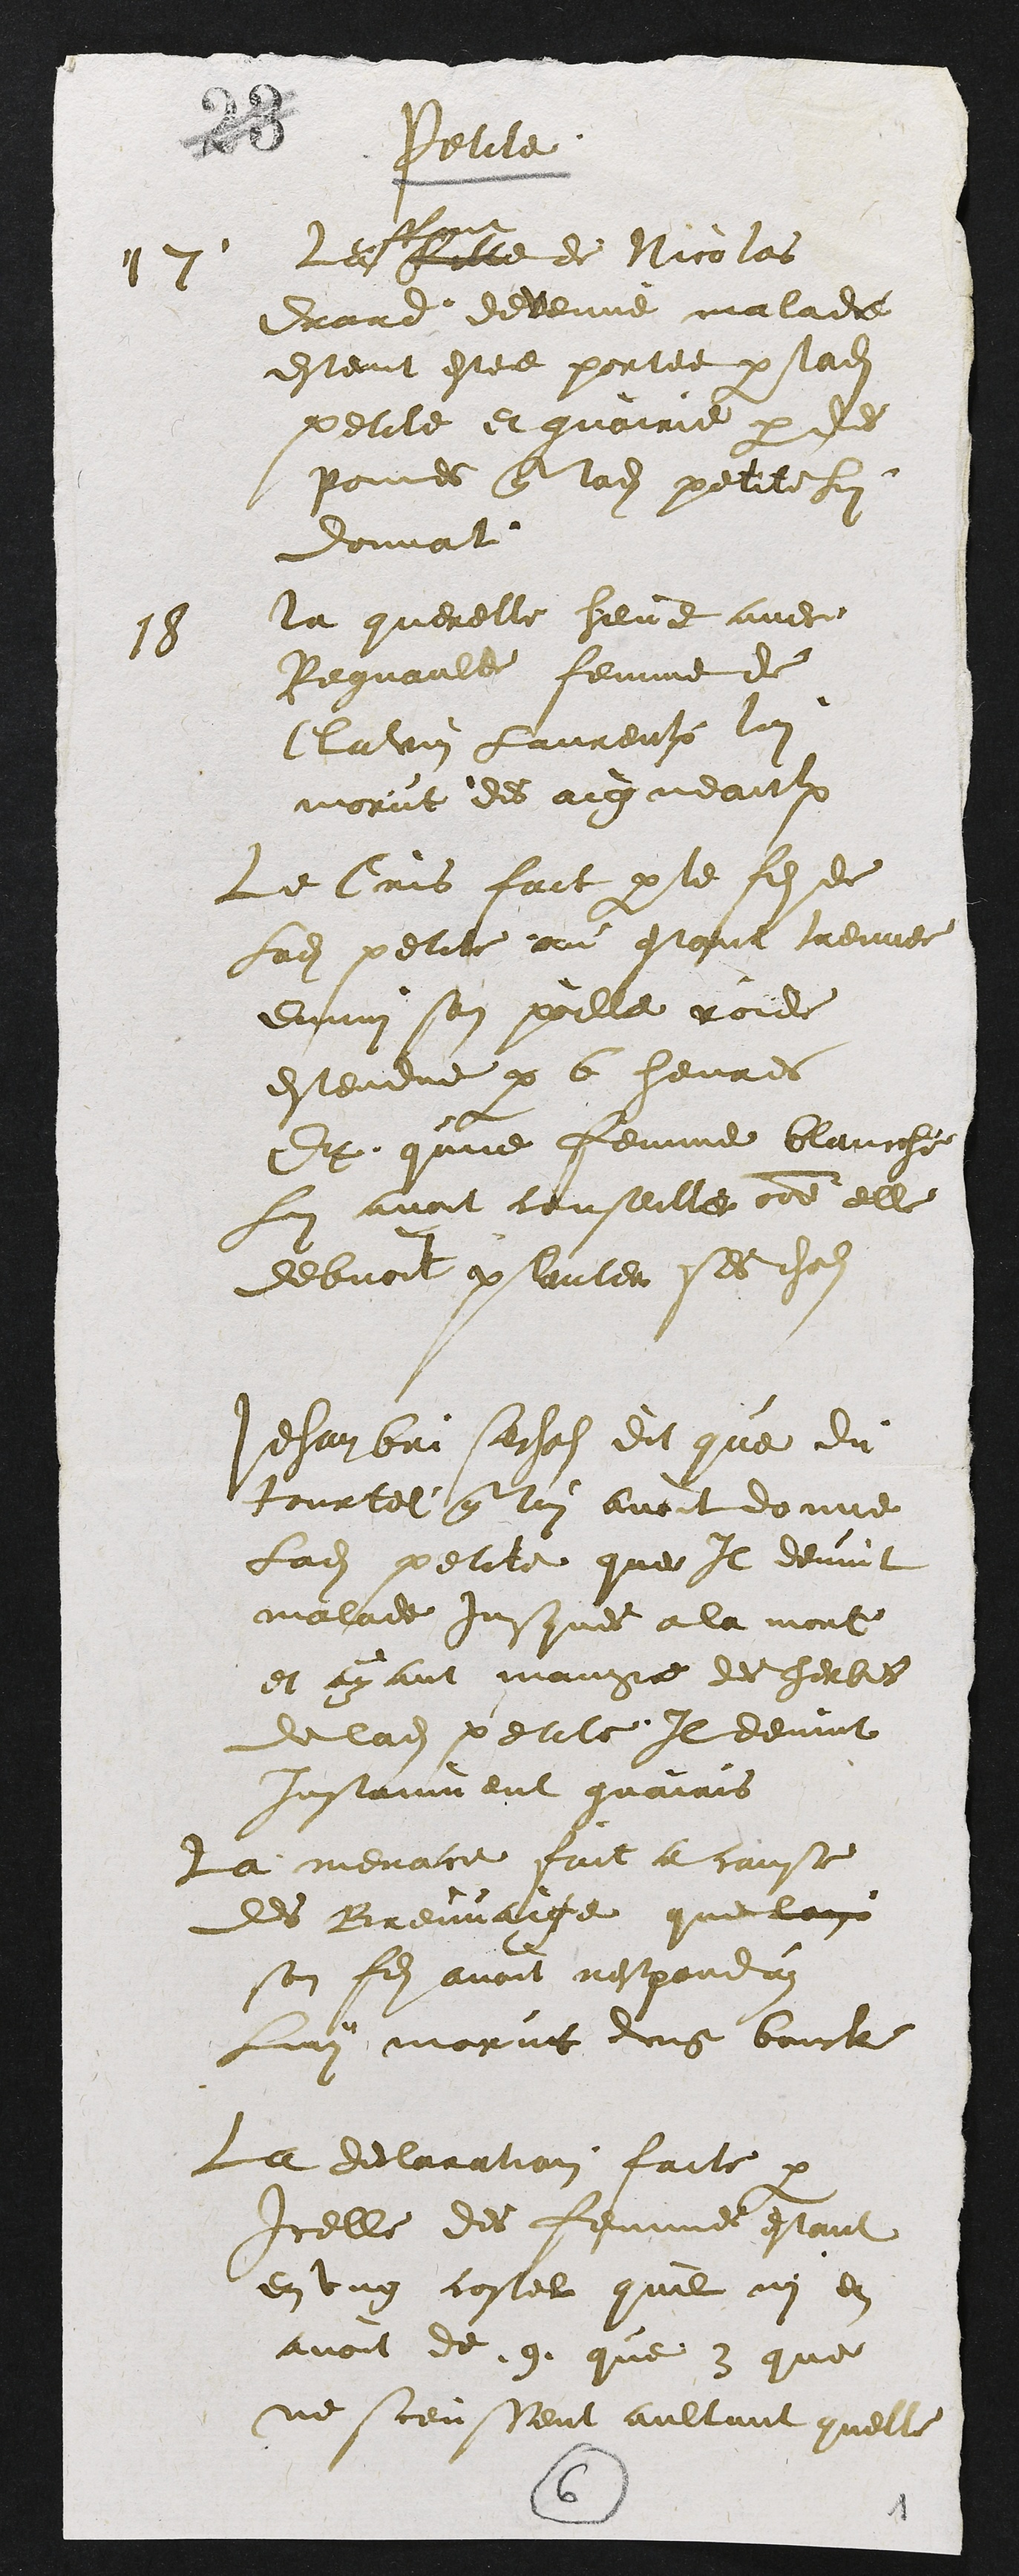
Petite
17
La fille
La
de Nicolas
dard devenue malade
estant estee portee par ladite
petite et guairie par des
poines que ladite petite
donnat
18
la querelle heve avec
Regnaulte femme de
lavin laureulx lui
morut des aigneaulx
Le Cais fait par le fils de
Ladite petite ou estant treuvee
ennin son poille roide
estendre par 5 heures
Dit qune femme blanche
Lui avoit censeille comme elle
debvoit planter ses che
Jehan br sachat dit que du
tourtel que lui avoit donne
Ladite petite que Il devint
malade jusques a la mort
et ayant mange des herbes
de ladite petite Il devint
Instanment guairis
La menace fait a cause
des Breuvaige que la
son fils avoit respondat
Lui morut ung bont
La declaration faite par
Icelle des femme estant
en ung costel quil y et
avoit de q que a que
ne sceussent aultant quelle